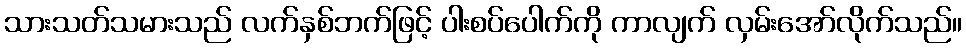
သားသတ်သမားသည် လက်နှစ်ဘက်ဖြင့် ပါးစပ်ပေါက်ကို ကာလျက် လှမ်းအော်လိုက်သည်။